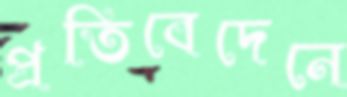
প্রতিবেদেনে